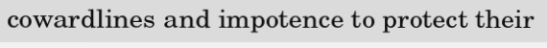
cowardlines and impotence to protect their